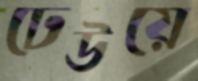
ঢেউয়ে